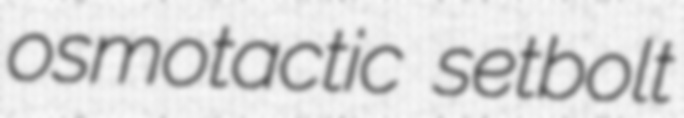
osmotactic setbolt